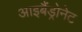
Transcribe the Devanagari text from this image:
आइबैंड्रोनेट